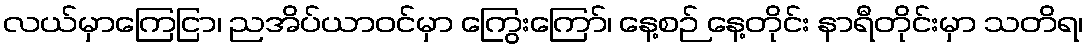
လယ်မှာကြေငြာ၊ ညအိပ်ယာဝင်မှာ ကြွေးကြော်၊ နေ့စဉ် နေ့တိုင်း နာရီတိုင်းမှာ သတိရ၊